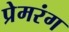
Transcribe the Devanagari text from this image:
प्रेमरंग